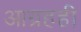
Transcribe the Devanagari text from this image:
आग्रहही